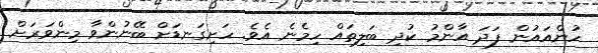
ހުންއައުން ފަދަ އާންމު ކުދި ބަލިތައް ހިމެނެ އެވެ. ހަށިގަނޑަށް ބޭނުންވާ މިންވަރަށް